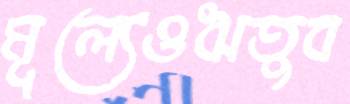
মূল্যেওঋতুব